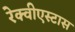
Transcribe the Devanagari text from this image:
रेक्वीएस्टास